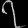
Digit: ၇